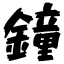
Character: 鐘